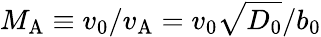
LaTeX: {M_{\mathrm{A}}}\equiv v_{0}/v_{\mathrm{A}}=v_{0}\sqrt{D_{0}}/{b_{0}}